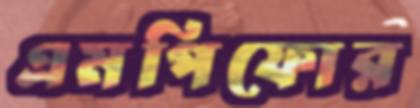
এমপিফোর